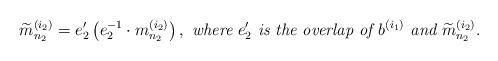
LaTeX: \begin{align*}\widetilde{m}_{n_2}^{(i_2)} = e_2^{\prime}\left(e_2^{-1} \cdot m_{n_2}^{(i_2)}\right), \textit{ where } e_2^{\prime} \textit{ is the overlap of } b^{(i_1)} \textit{ and } \widetilde{m}_{n_2}^{(i_2)}.\end{align*}